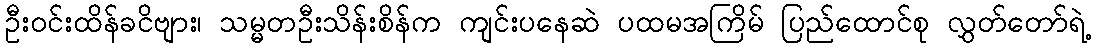
ဦးဝင်းထိန်ခငိဗျား၊ သမ္မတဦးသိန်းစိန်က ကျင်းပနေဆဲ ပထမအကြိမ် ပြည်ထောင်စု လွှတ်တော်ရဲ့